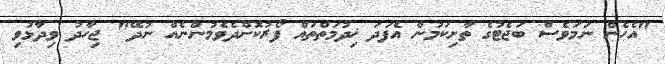
"އެހެން ނަމަވެސް ބަޖެޓުގެ ތާށިކަމުން އެފަދަ ޚިދުމަތްތައް ފޯރުކޮށްދެވެމުންނެއް ނުދޭ" ޖިހާދު ވިދާޅުވި